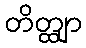
တိတ္ထျာ